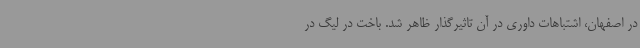
در اصفهان، اشتباهات داوری در آن تاثیرگذار ظاهر شد. باخت در لیگ در